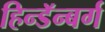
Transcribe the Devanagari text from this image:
हिन्डॅन्बर्ग